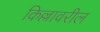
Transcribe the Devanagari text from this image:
किल्लावरील